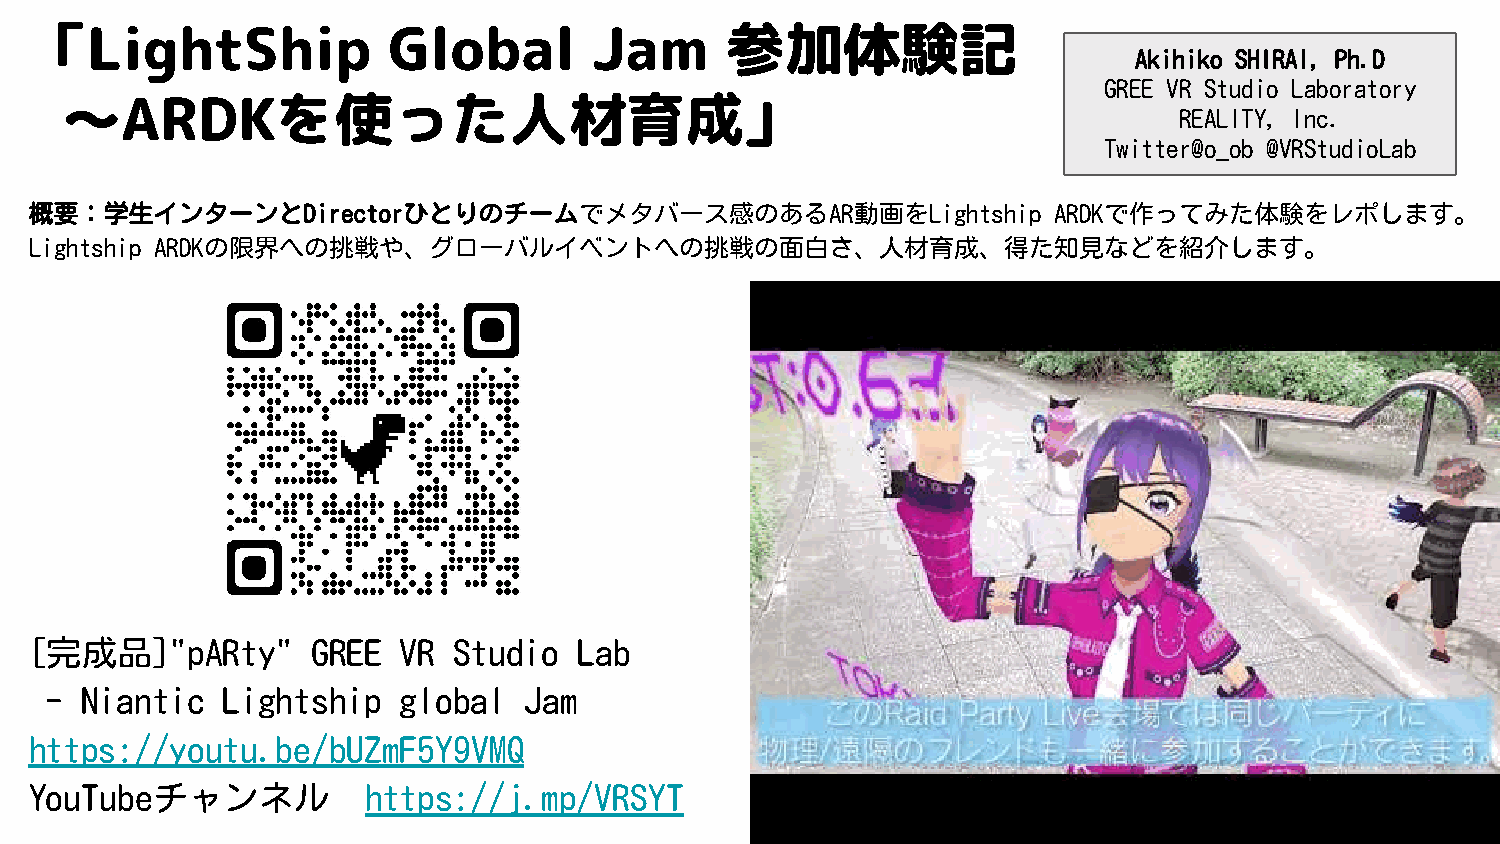
「LightShip              Global       Jam      参加体験記
 Akihiko SHIRAI, Ph.D
 GREE VR Studio Laboratory
 ～ARDKを使った人材育成」
 REALITY, Inc.
 Twitter@o_ob @VRStudioLab
 概要：学生インターンとDirectorひとりのチームでメタバース感のあるAR動画をLightship                  ARDKで作ってみた体験をレポします。
 Lightship ARDKの限界への挑戦や、グローバルイベントへの挑戦の面白さ、人材育成、得た知見などを紹介します。
 [完成品]"pARty"       GREE  VR Studio  Lab
 - Niantic   Lightship   global  Jam
 https://youtu.be/bUZmF5Y9VMQ
 YouTubeチャンネル          https://j.mp/VRSYT